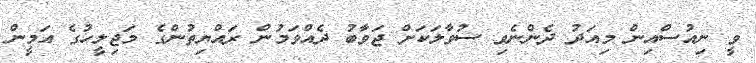
ވީ ނިއުސްއިން މިއަދު ދެންނެވި ސުވާލަކަށް ޖަވާބު ދެއްވަމުން ރައްޔިތުންގެ މަޖިލީހުގެ އަމީން